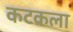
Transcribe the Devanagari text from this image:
कटकला